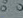
عقار